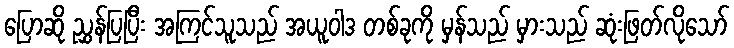
ပြောဆို ညွှန်ပြပြီး အကြင်သူသည် အယူဝါဒ တစ်ခုကို မှန်သည် မှားသည် ဆုံးဖြတ်လိုသော်